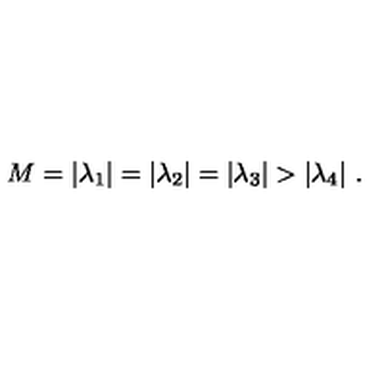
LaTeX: M = | \lambda _ { 1 } | = | \lambda _ { 2 } | = | \lambda _ { 3 } | > | \lambda _ { 4 } | \ .